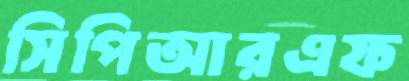
সিপিআরএফ